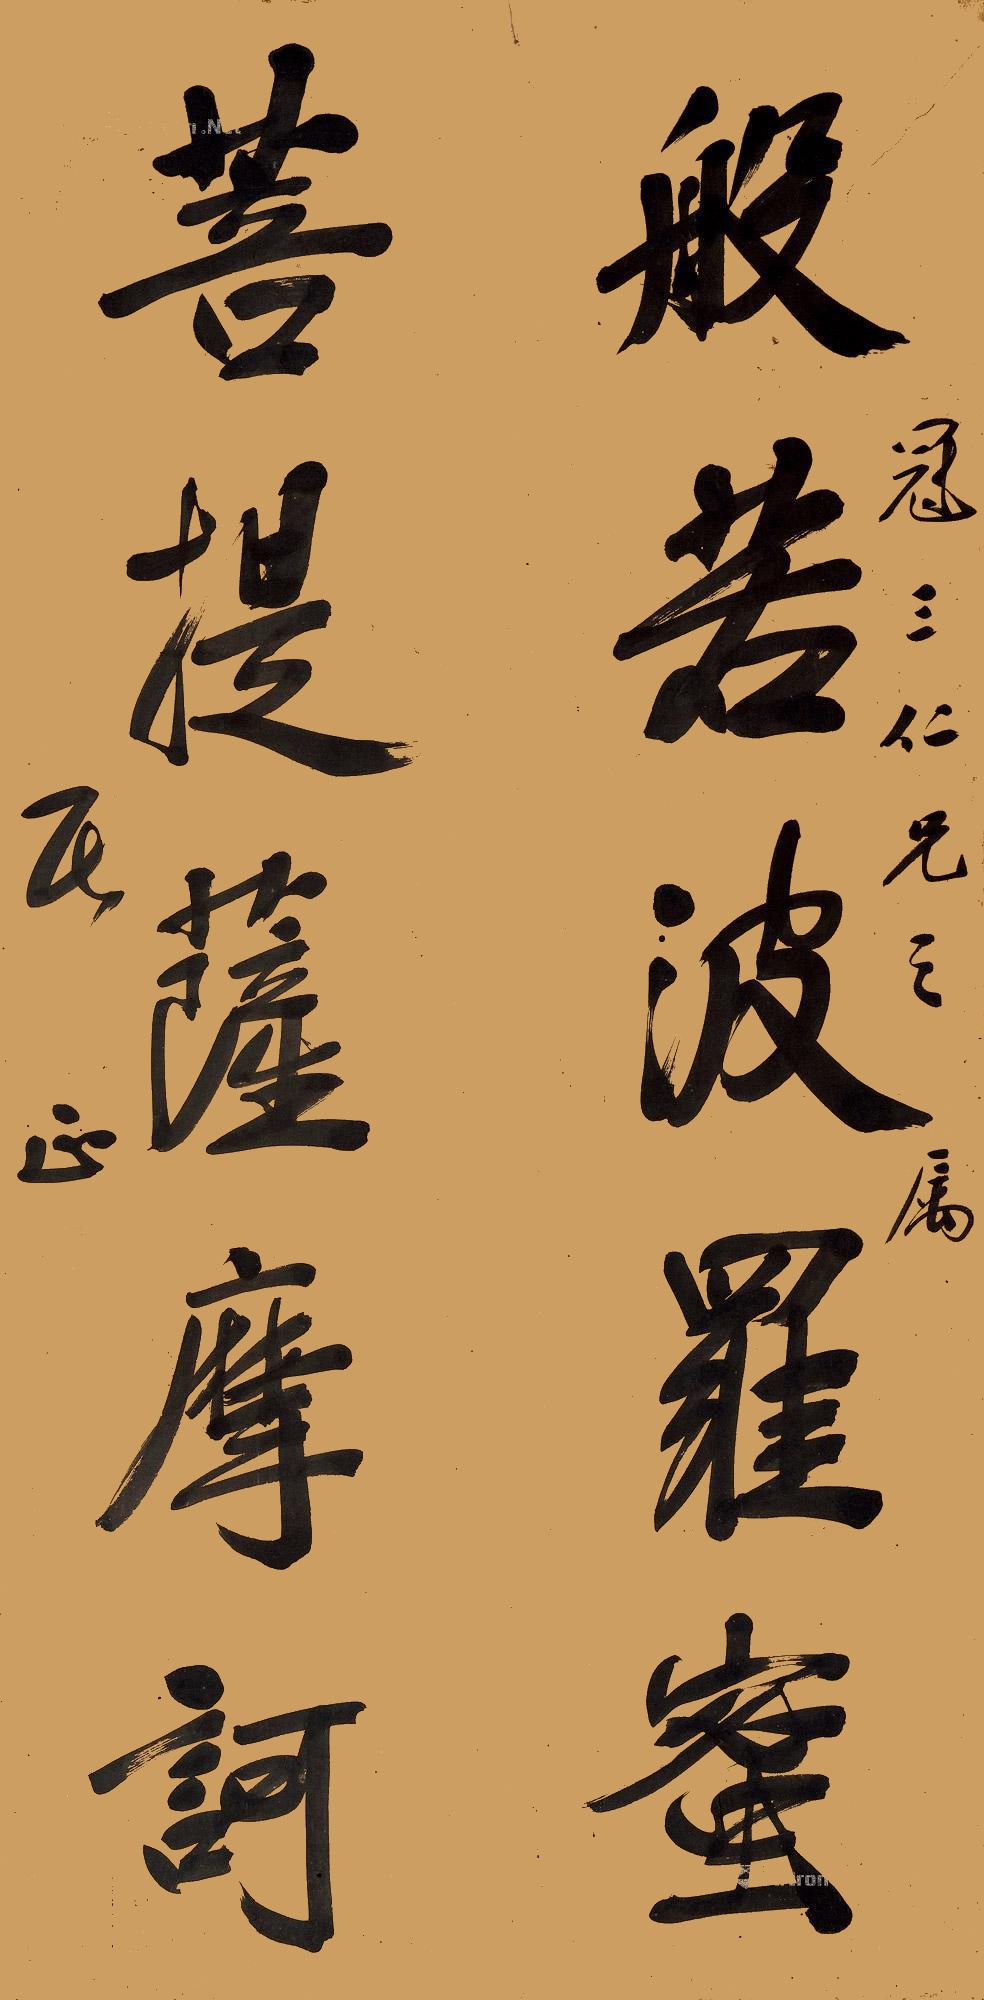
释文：般若波罗密，菩提萨摩诃。冠三仁兄之属，居正。